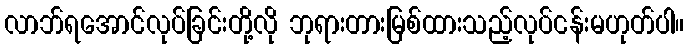
လာဘ်ရအောင်လုပ်ခြင်းတို့လို ဘုရားတားမြစ်ထားသည့်လုပ်ငန်းမဟုတ်ပါ။